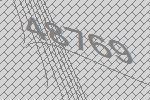
48769